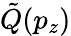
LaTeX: \tilde{Q}(p_{z})